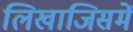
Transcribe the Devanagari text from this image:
लिखाजिसमें